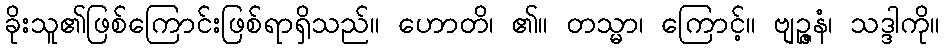
ခိုးသူ၏ဖြစ်ကြောင်းဖြစ်ရာရှိသည်။ ဟောတိ၊ ၏။ တသ္မာ၊ ကြောင့်။ ဗျဉ္ဇနံ၊ သဒ္ဒါကို။